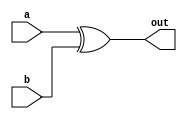

module exor(output out,input a,b);
	reg temp ;
	assign out = temp;
	always@(a,b) begin
	temp = a ^ b;
	end
endmodule

module T4stst(output reg out, input a,b,c,d);
	always@(a,b,c,d)begin
	if ({b,a}== 2'b01 && {d,c}== 2'b01)
		out = 1;
	else if({b,a}== 2'b10 && {d,c}== 2'b10)
		out = 1;
	else
		out = 0;
end
endmodule

module T2(output reg out, input a, b, c, d);
	always@(a,b,c,d) begin
	if ({b,a} ==2'b10 && {d,c} == 2'b01) begin
		out = 1;
	end else if({b,a} ==2'b01 && {d,c} == 2'b10) begin
		out = 1;
	end else begin
		out = 0;
	end
end
endmodule

module ones(output [4:0]count ,input [30:0]in);
	reg [4:0]temp;
	integer i;
	assign count = temp;
	always@(in) begin
	temp = 0;
	for (i=0;i<31;i=i+1) begin
		temp = temp + in[i];
	end
	end
	
endmodule


module encoder(output [31:0]out, input wire[31:0] x, input wire[31:0]y);
	reg inv;
	reg test;
	wire [30:0]inT2, inT4stst;
	wire [4:0]countT2,countT4stst;
	//reg [4:0]ctT2, ctT4stst;

	//Module instantiation
	// Here the flit size is 32 bits, and the 0th bit indicates the inverted condition, and hence is reserved
	// for that. Care must be taken that while encoding(inverting), this 0th bit should be excluded.
	T2  t2[30:0](.out(inT2), .a(x[30:0]), .b(x[31:1]), .c(y[30:0]), .d(y[31:1]));
	T4stst t4stst[30:0](.out(inT4stst),.a(x[30:0]), .b(x[31:1]), .c(y[30:0]), .d(y[31:1]));
	ones oneT2(.count(countT2) , .in(inT2));
	ones oneT4stst(.count(countT4stst) , .in(inT4stst));
	exor xr[30:0](.out(out[30:0]), .a(x[30:0]), .b({31{inv}}));
	assign out[31] = inv;
	always@(*) begin
	if (countT2> countT4stst) begin
		inv = 1;
		//test= 1;
		
	end else 
		inv = 0;
	end
endmodule

module decoder(output [31:0] out, input [31:0]in);
	reg [31:0]temp;
	always@(in) begin
	temp[30:0] = in[30:0] ^ {31{in[31]}};
	temp[31] = in[31];
	end
	assign out = temp;
endmodule

module top_level(output [31:0]out, input [31:0]in);
	wire [31:0]enc_out;
	encoder enc(.out(enc_out), .x(in), .y(enc_out));
	decoder dec(.out(out), .in(enc_out));
endmodule